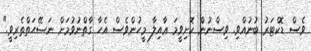
ވެސް ޑޮކްޓަރު ބުނުއްވި. ވިސްނުން ކޮށިވީމަ ޢާއިލާ މީހުންވެސް އެހާ ގާތްނުވުމަށް ނަޞޭޙަތްތެރިވީ."